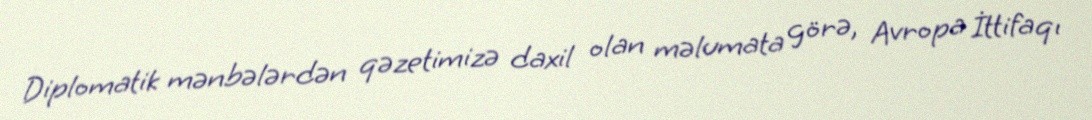
Diplomatik mənbələrdən qəzetimizə daxil olan məlumata görə, Avropa İttifaqı